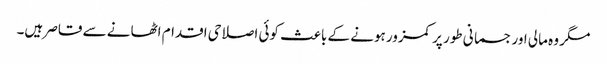
مگر وہ مالی اور جسمانی طور پر کمزور ہونے کے باعث کوئی اصلاحی اقدام اٹھانے سے قاصر ہیں۔